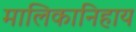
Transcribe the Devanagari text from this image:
मालिकानिहाय